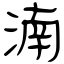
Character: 湳